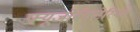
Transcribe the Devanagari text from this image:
फ्यूजोबॅक्टेरियम